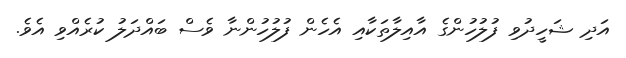
އަދި ޝަހީދުވި ފުލުހުންގެ އާއިލާތަކާއި އެހެން ފުލުހުންނާ ވެސް ބައްދަލު ކުރެއްވި އެވެ.